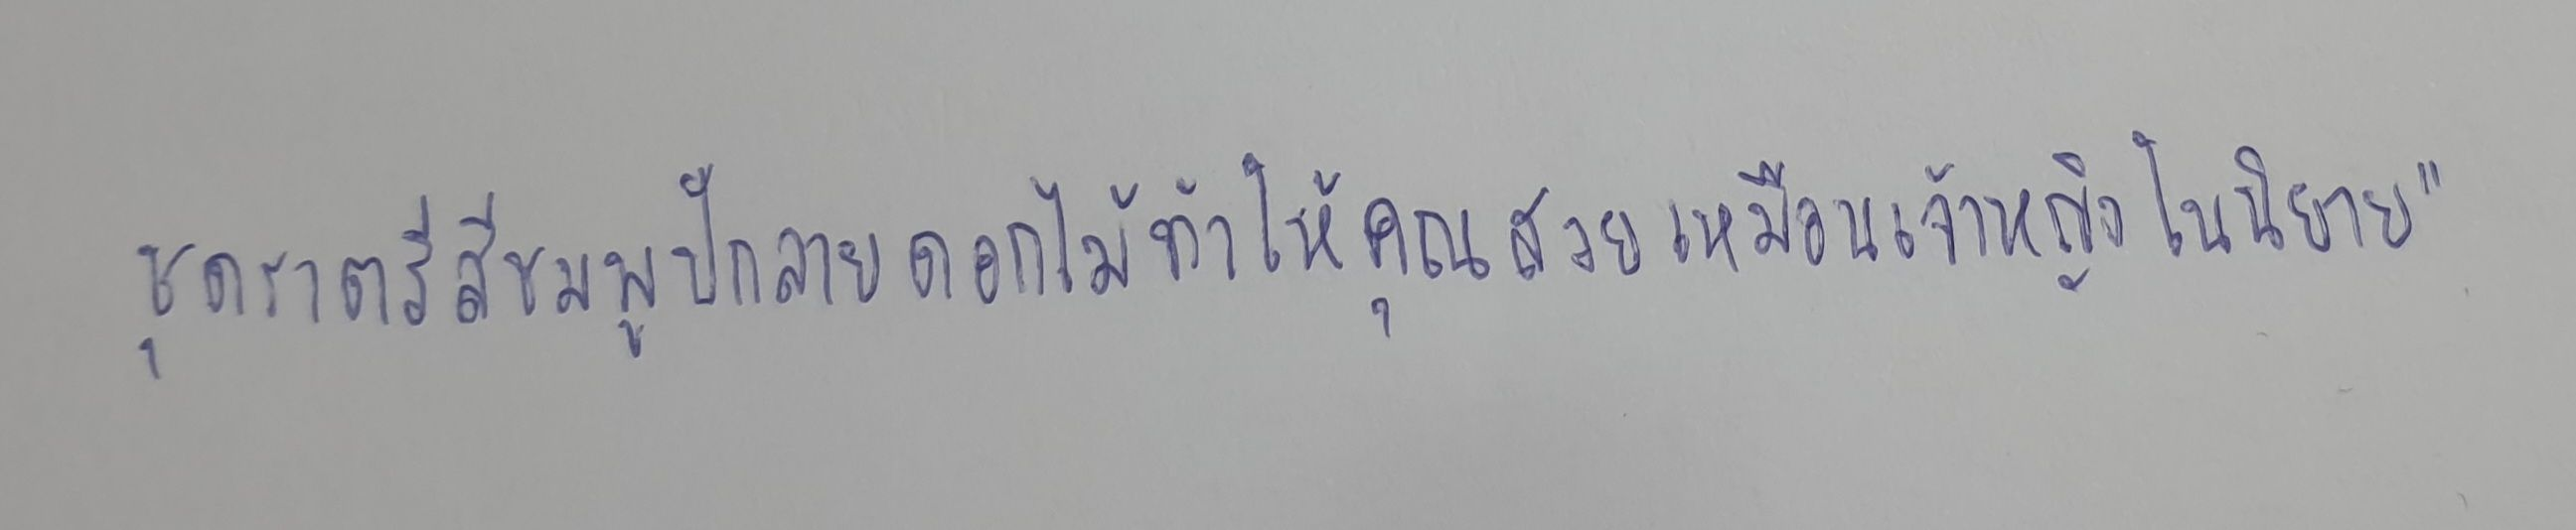
ชุดราตรีสีชมพูปักลายดอกไม้ทำให้คุณสวยเหมือนเจ้าหญิงในนิยาย"